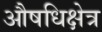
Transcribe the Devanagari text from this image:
औषधिक्षेत्र